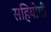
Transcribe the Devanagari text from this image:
सहियोगी